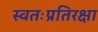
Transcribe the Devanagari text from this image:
स्वतःप्रतिरक्षा